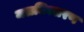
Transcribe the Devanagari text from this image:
जलनिस्सरण